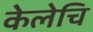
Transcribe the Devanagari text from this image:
केलेचि